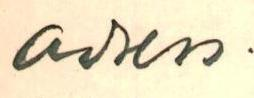
adress.